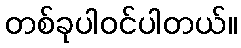
တစ်ခုပါဝင်ပါတယ်။